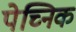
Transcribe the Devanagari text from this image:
पेच्निक